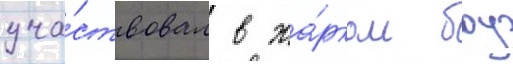
уча́ствовал в жа́рком боу